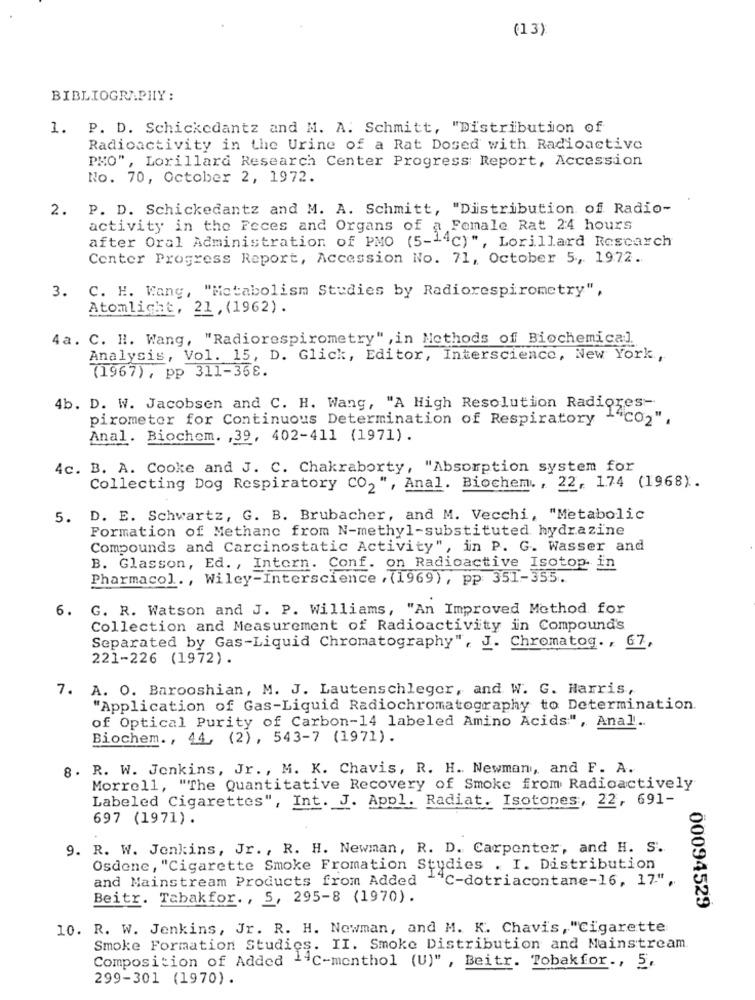
(13)
BIBLIOGRAPHY :
1.
P. D. Schickedantz and N. A. Schmitt, "Distribution of
Radioactivity in the Urine of a Rat Dosed with Radioactive
PHO", Lorillard Research Center Progress Report, Accession
No. 70, October 2, 1972.
2.
P. D. Schickedantz and M. A. Schmitt, "Distribution of Radio-
activity in the Feces and Organs of a Female Rat 24 hours
after Oral Administration of PMO (5-14c)", Lorillard Rescarch
Center Progress Report, Accession No. 71, October 5, 1972.
3. C. H. Wang, "Metabolism Studies by Radiorespirometry",
Atomlicht, 21, (1962).
4a. C. H. Wang, "Radiorespirometry" , in Methods of Biochemical.
Analysis, Vol. 15, D. Glick, Editor, Interscience, New York ,
(1967), pp 311-358.
4b. D. W. Jacobsen and C. H. Wang, "A High Resolution Radiores-
pirometer for Continuous Determination of Respiratory
14co2".
Anal. Biochem. , 39, 402-411 (1971).
4c. B. A. Cooke and J. C. Chakraborty, "Absorption system for
Collecting Dog Respiratory CO2", Anal. Biochem. , 22, 174 (1968).
5. D. E. Schwartz, G. B. Brubacher, and M. Vecchi, "Metabolic
Formation of Methano from N-methyl-substituted hydrazine
Compounds and Carcinostatic Activity", in P. G. Wasser and
B. Glasson, Ed. , Intern. Conf. on Radioactive Isotop in
Pharmacol ., Wiley-Interscience , (1969), pp: 351-355.
6.
G. R. Watson and J. P. Williams, "An Improved Method for
Collection and Measurement of Radioactivity in Compound's
Separated by Gas-Liquid Chromatography", J. Chromatog. , 67,
221-226 (1972).
7.
A. O. Barooshian, M. J. Lautenschleger, and W. G. Harris,
"Application of Gas-Liquid Radiochromatography to Determination.
of Optical Purity of Carbon-14 labeled Amino Acids.", Anal ..
Biochem ., 44, (2), 543-7 (1971).
8. R. W. Jenkins, Jr ., M. K. Chavis, R. H. Newman, and F. A.
Morrell, "The Quantitative Recovery of Smoke from Radioactively
Labeled Cigarettes", Int. J. Appl. Radiat. Isotopes, 22, 691-
697 (1971).
9. R. W. Jenkins, Jr ., R. H. Newman, R. D. Carpenter, and H. S.
Osdone, "Cigarette Smoke Fromation Studies . I. Distribution
and Mainstream Products from Added ""C-dotriacontane-16, 17",
Beitr. Tabakfor ., 5, 295-8 (1970).
00094529
10. R. W. Jenkins, Jr. R. H. Newman, and M. K. Chavis, "Cigarette
Smoke Formation Studies. II. Smoke Distribution and Mainstream
Composition of Added -4℃-menthol (U)" , Beitr. Tobakfor ., 5,
299-301 (1970).